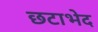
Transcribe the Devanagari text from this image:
छटाभेद